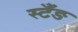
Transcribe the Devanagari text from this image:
स्टँङ